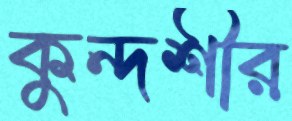
কুন্দশীর